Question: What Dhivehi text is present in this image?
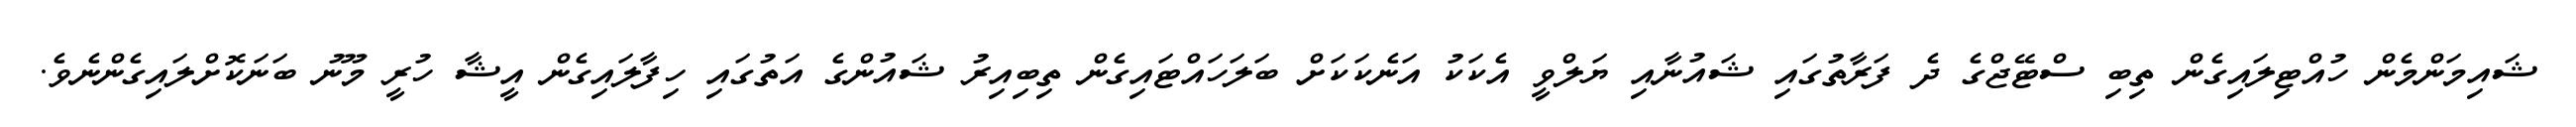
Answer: ޝައިމަންމެން ހުއްޓިލައިގެން ތިބި ސްޓޭޖްގެ ދެ ފަރާތުގައި ޝައުނާއި ޔަލްވީ އެކަކު އަނެކަކަށް ބަލަހައްޓައިގެން ތިބިއިރު ޝައުންގެ އަތުގައި ހިފާލައިގެން އީޝާ ހުރީ މޫނު ބަނަކޮށްލައިގެންނެވެ.